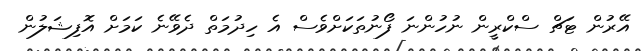
އޭރުން ޓަޗް ސްކްރީން ނުހުންނަ ފޯނުތަކަށްވެސް އެ ހިދުމަތް ދެވޭނެ ކަމަށް އޮފިޝަލުން